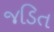
જડિત